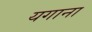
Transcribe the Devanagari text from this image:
यगाना